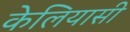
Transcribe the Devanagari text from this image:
केलियासी